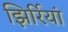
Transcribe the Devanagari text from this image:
झिर्रियां